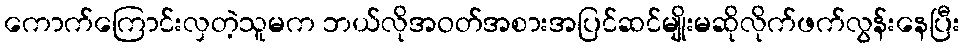
ကောက်ကြောင်းလှတဲ့သူမက ဘယ်လိုအဝတ်အစားအပြင်ဆင်မျိုးမဆိုလိုက်ဖက်လွန်းနေပြီး